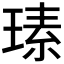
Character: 𤧉